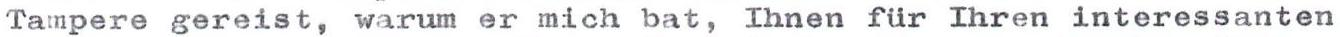
Tampere gereist, warum er mich bat, Ihnen für Ihren interessanten